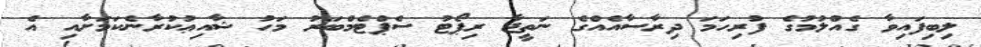
ލިބިފައިވާ ގެއްލުމުގެ ފުރިހަމަ ދިރާސާއެއްގެ ނަތީޖާ ރިޕޯޓު ސެޕްޓެމްބަރު މަހު ޝާއިޢުކުރާނެކަމަށާއި އެ